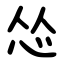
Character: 怂